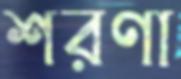
শরণা